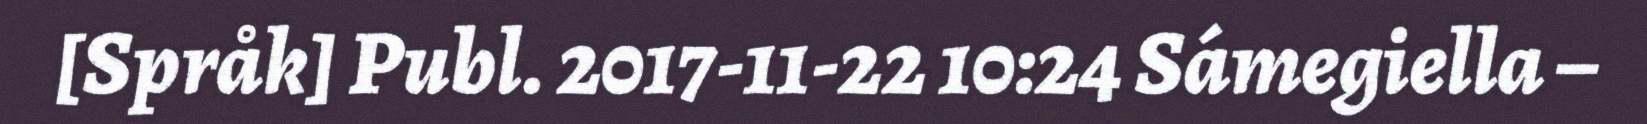
[Språk] Publ. 2017-11-22 10:24 Sámegiella –